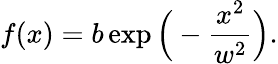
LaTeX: f(x)=b\exp\Big(-\frac{x^{2}}{w^{2}}\Big).